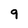
Character: 9